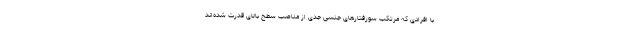
با افرادی که مرتکب سورفتارهای جنسی جدی از مناصب سطح بالای قدرت شده‌اند